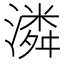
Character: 潾